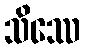
သိဿေ